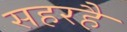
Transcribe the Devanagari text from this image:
सहरहै